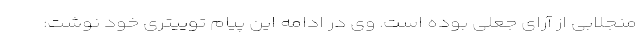
منجلابی از آرای جعلی بوده است. وی در ادامه این پیام توییتری خود نوشت: